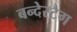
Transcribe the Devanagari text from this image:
बन्देस्टैग